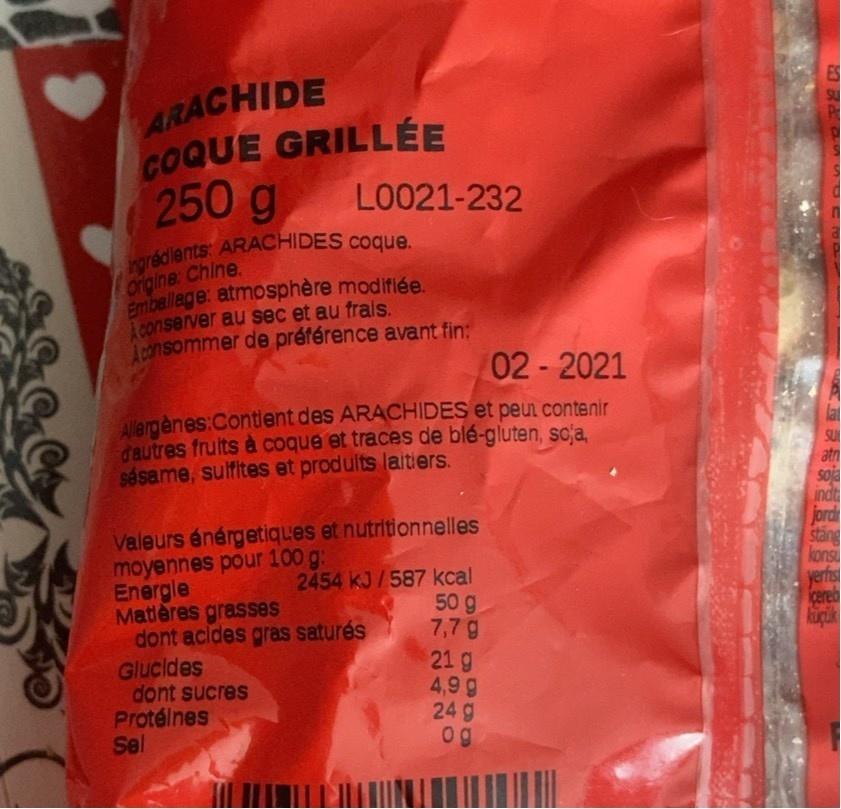
ARACHIDE COQUE GRILLÉE 250g
ES
LO021-232
rgredlents: ARACHIDES COque. origine: Chine. Emballege: atmosphère modifiée. Aconserver au sec et au frais. AConsommer de préférence avant fin:
02-2021
Allergènes:Contient des ARACHIDES et peun contenir d'autres fruits à coque et traces de blé-gluten, scja, sésame, sulfites et produits laitiers.
Valeurs énérgetiques et nutritionnelles moyennes pour 100 g: Energle Matlères grasses dont acldes gras saturés Glucides dont sucres Protélnes Sel
2454 kJ/587 kcal 50 g 7,7g 21 g 4,9 g 24 g og
SU atn soja indt jord stang kons yerfis cered küçük